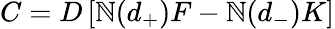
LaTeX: C=D\left[\mathbb{N}(d_{+})F-\mathbb{N}(d_{-})K\right]